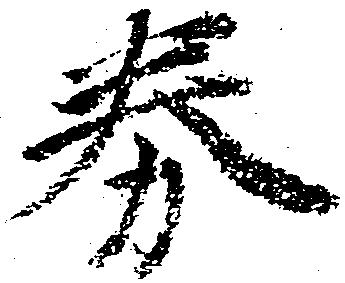
券